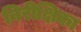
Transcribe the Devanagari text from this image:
निरीक्षिका